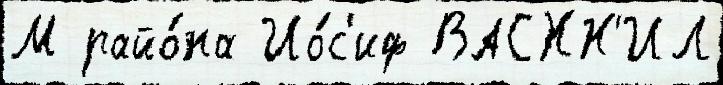
М райо́на Ио́с'иф ВАСХН'ИЛ